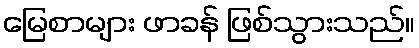
မြေစာများ ဖာခန် ဖြစ်သွားသည်။